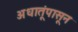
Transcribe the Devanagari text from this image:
अधातूंपासून